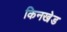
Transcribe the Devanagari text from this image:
किनखेड